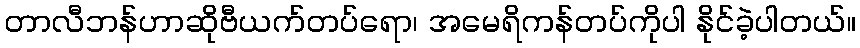
တာလီဘန်ဟာဆိုဗီယက်တပ်ရော၊ အမေရိကန်တပ်ကိုပါ နိုင်ခဲ့ပါတယ်။